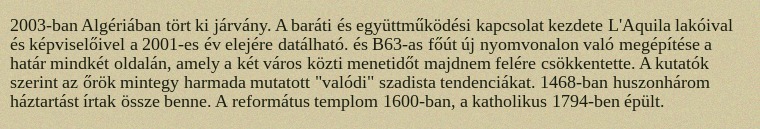
2003-ban Algériában tört ki járvány. A baráti és együttműködési kapcsolat kezdete L'Aquila lakóival és képviselőivel a 2001-es év elejére datálható. és B63-as főút új nyomvonalon való megépítése a határ mindkét oldalán, amely a két város közti menetidőt majdnem felére csökkentette. A kutatók szerint az őrök mintegy harmada mutatott "valódi" szadista tendenciákat. 1468-ban huszonhárom háztartást írtak össze benne. A református templom 1600-ban, a katholikus 1794-ben épült.